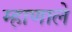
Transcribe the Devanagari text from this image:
म्हाणाले